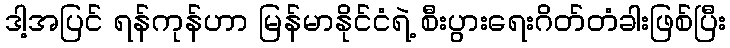
ဒါ့အပြင် ရန်ကုန်ဟာ မြန်မာနိုင်ငံရဲ့ စီးပွားရေးဂိတ်တံခါးဖြစ်ပြီး